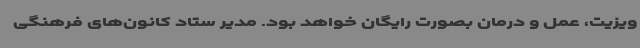
ویزیت، عمل و درمان بصورت رایگان خواهد بود. مدیر ستاد کانون‌های فرهنگی